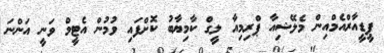
ޕީޑީއާރްއެމްއިން މެލޭޝިއާ ޕްރިމިއާ ލީގް ކާމިޔާބު ކޮށްފައި ވުމުން އެޓީމް ވަނީ އަންނަ